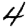
Digit: 4